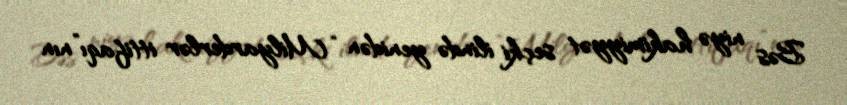
Bəs niyə hakimiyyət seçki ilində yenidən “Milyarderlər ittifaqı”nın